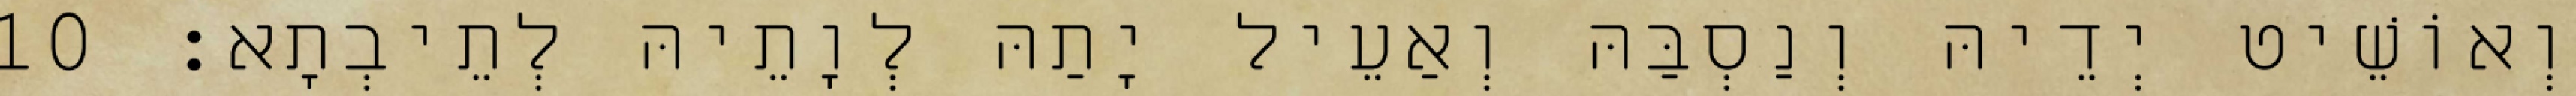
וְאוֹשֵׁיט יְדֵיהּ וְנַסְבַּהּ וְאַעֵיל יָתַהּ לְוָתֵיהּ לְתֵיבְתָא׃ 10